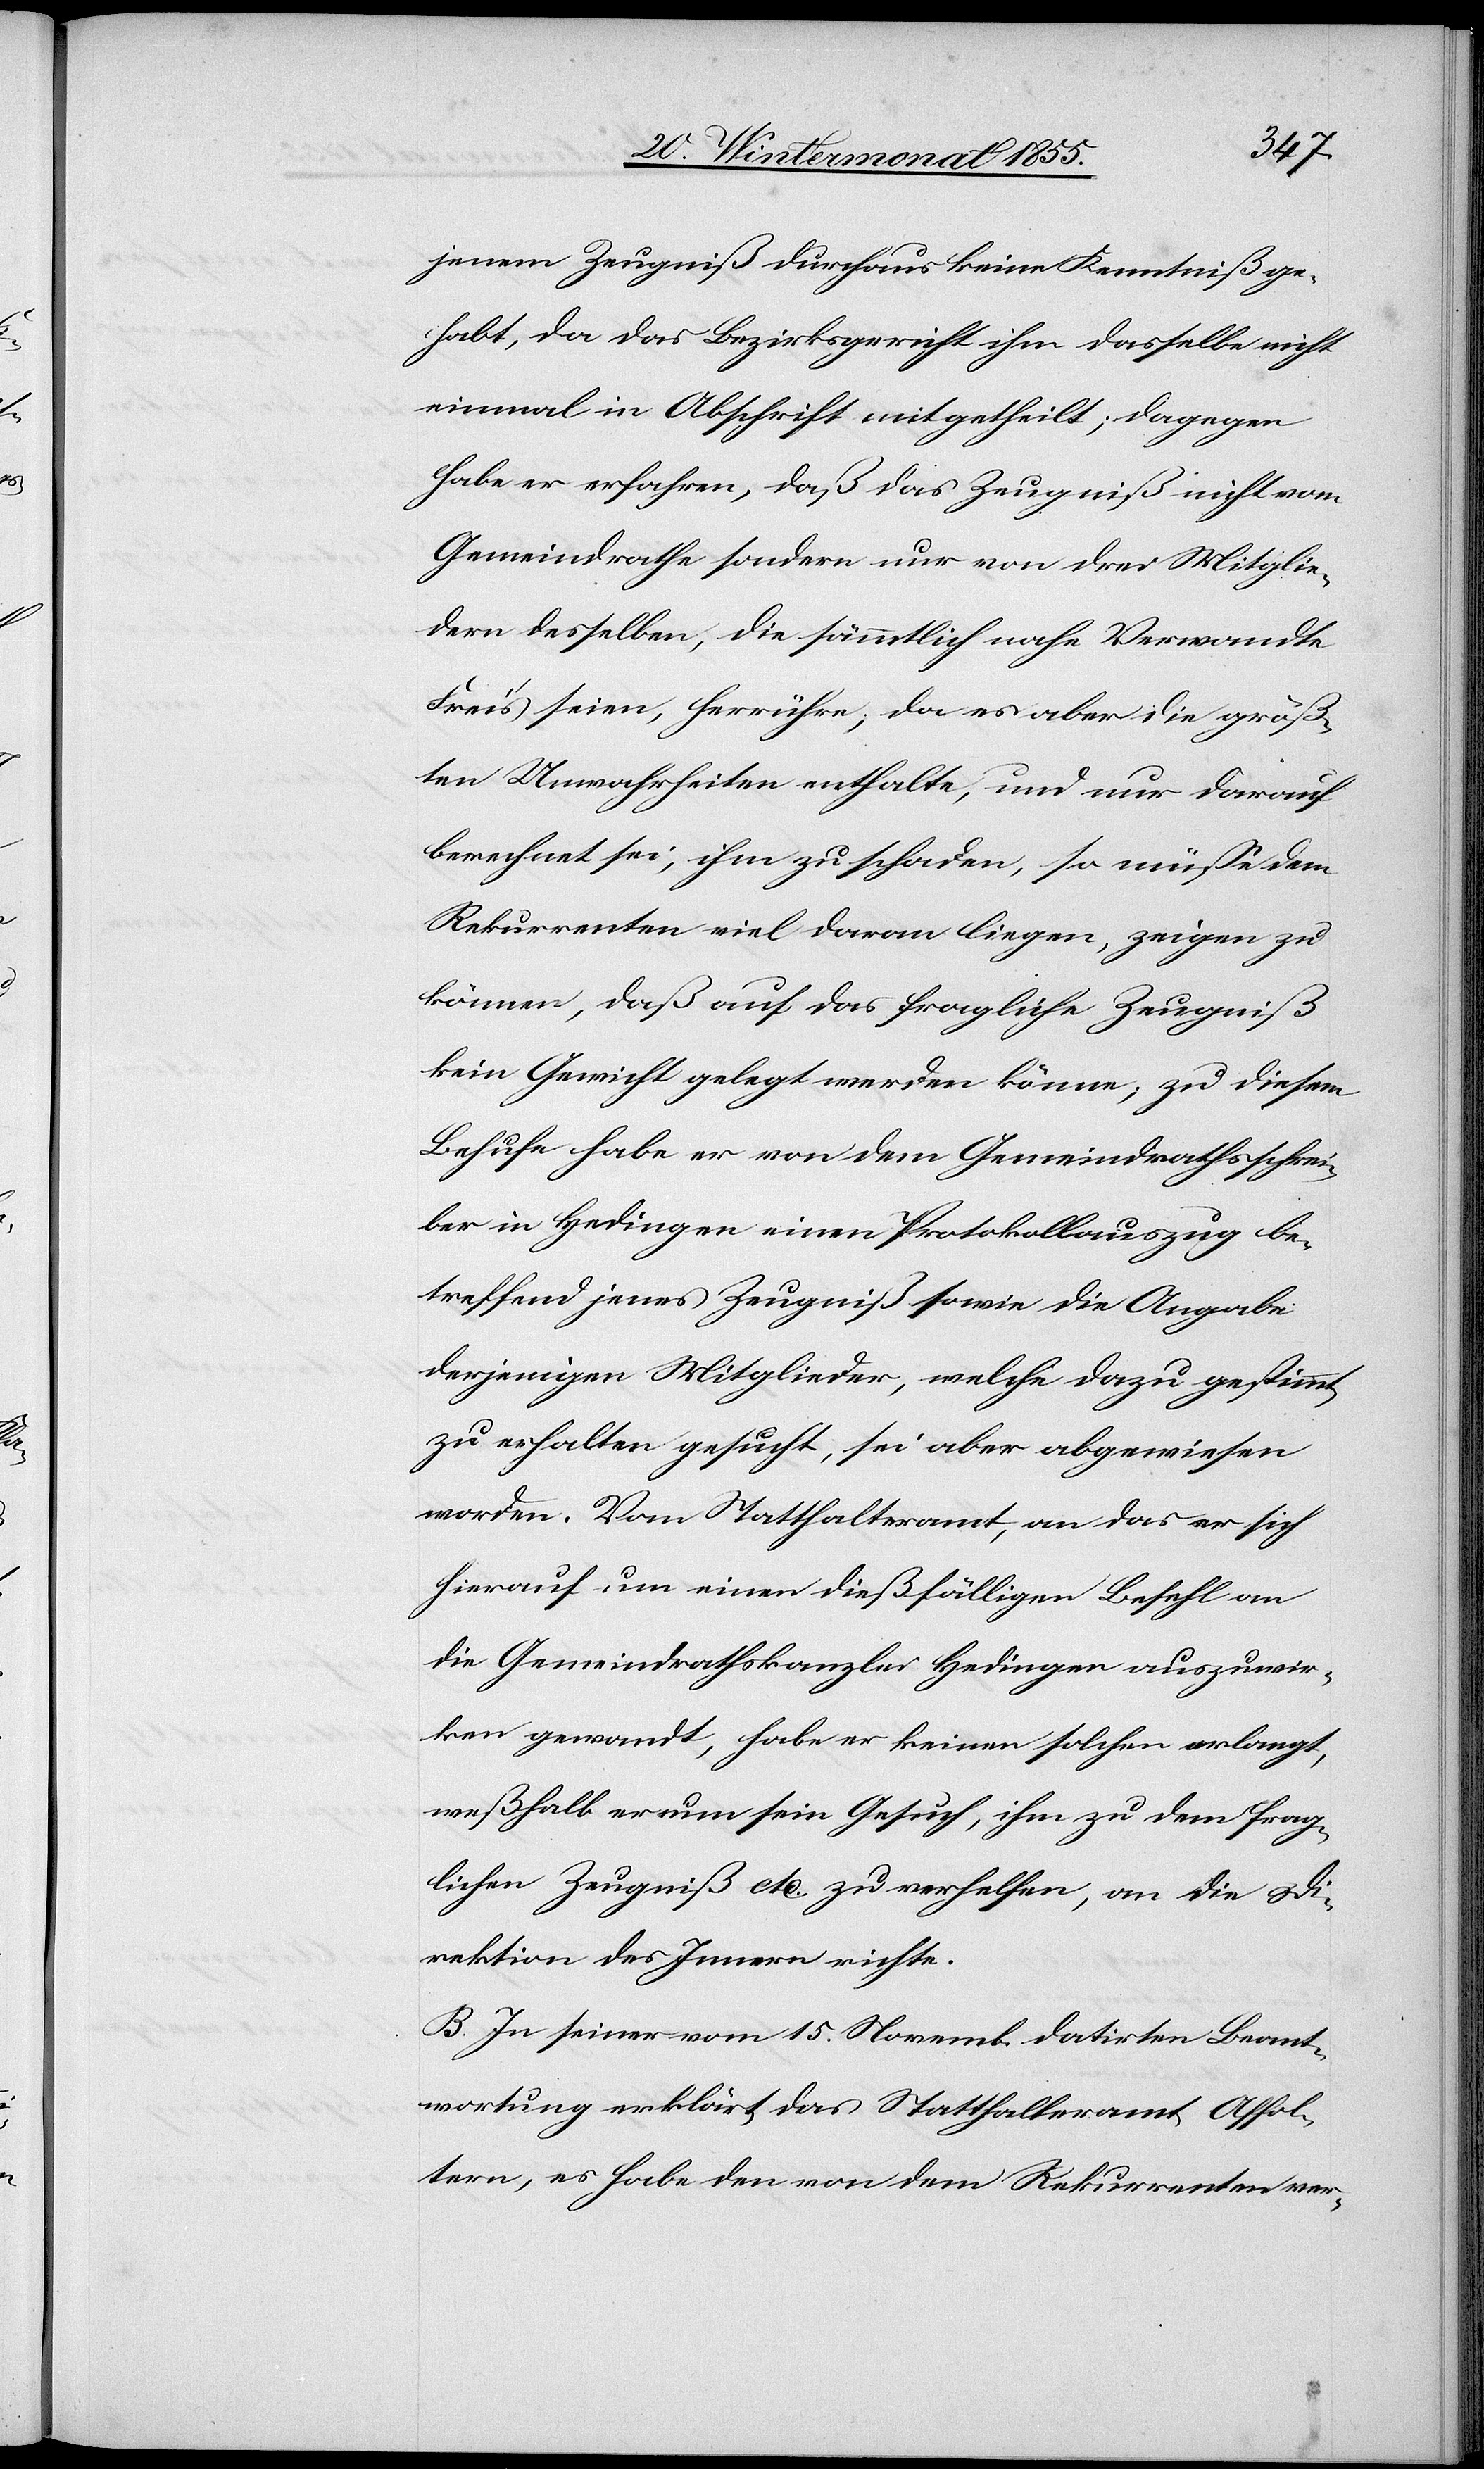
jenem Zeugniß durchaus keine Kenntniß ge¬
habt, da das Bezirksgericht ihm dasselbe nicht
einmal in Abschrift mitgetheilt; dagegen
habe er erfahren, daß das Zeugniß nicht vom
Gemeindrathe sondern nur von drei Mitglie¬
dern desselben, die sämmtlich nahe Verwandte
Frei’s seien, herrühre; da es aber die größ¬
ten Unwahrheiten enthalte, und nur darauf
berechnet sei, ihm zu schaden, so müsse dem
Rekurrenten viel daran liegen, zeigen zu
können, daß auf das fragliche Zeugniß
kein Gewicht gelegt werden könne; zu diesem
Behufe habe er von dem Gemeindrathsschrei¬
ber in Hedingen einen Protokollauszug be¬
treffend jenes Zeugniß sowie die Angabe
derjenigen Mitglieder, welche dazu gestimmt
zu erhalten gesucht, sei aber abgewiesen
worden. Vom Statthalteramt, an das er sich
hierauf um einen dießfälligen Befehl an
die Gemeindrathskanzlei Hedingen auszuwir¬
ken gewandt, habe er keinen solchen erlangt,
weßhalb er nun sein Gesuch, ihm zu dem frag¬
lichen Zeugniß etc. zu verhelfen, an die Di¬
rektion des Innern richte.
B. In seiner vom 15. Novemb. datirten Beant¬
wortung erklärt das Statthalteramt Affol¬
tern, es habe den von dem Rekurrenten ver-